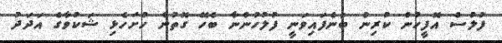
ފުލުސް އޮފީހުން ކުރިން ބުނެފައިވަނީ ފުލުހުންނާ ބެހޭ ގޮތުން ހުށަހެޅި ޝަކުވާގެ އަދަދު